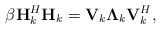
\begin{align*}\beta\textbf{H}_k^H\textbf{H}_k=\textbf{V}_k \mathbf{\Lambda}_k\textbf{V}_k^H,\end{align*}